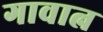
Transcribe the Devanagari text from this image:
गावात्न